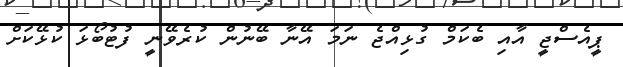
ޕީއެސްޖީ އާއި ބެކަމް ގުޅިއްޖެ ނަމަ އޭނާ ބޭނުން ކުރެވޭނީ ފުޓުބޯޅަ ކުޅޭކަށް